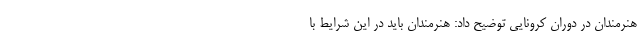
هنرمندان در دوران کرونایی توضیح داد: هنرمندان باید در این شرایط با